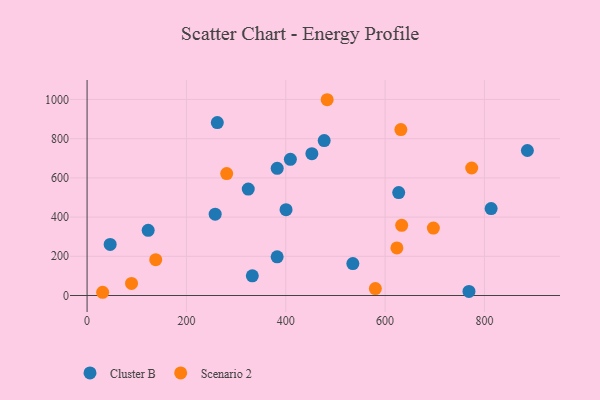
{"axis": {"x": "Engine Size", "y": "Sales"}, "legend": ["Cluster B", "Scenario 2"], "data": [{"x": "409.3", "y": 694.4, "type": "Cluster B"}, {"x": "886.5", "y": 739.5, "type": "Cluster B"}, {"x": "400.6", "y": 437.7, "type": "Cluster B"}, {"x": "477.4", "y": 790.0, "type": "Cluster B"}, {"x": "768.9", "y": 21.0, "type": "Cluster B"}, {"x": "332.7", "y": 100.6, "type": "Cluster B"}, {"x": "123.0", "y": 332.4, "type": "Cluster B"}, {"x": "324.5", "y": 542.6, "type": "Cluster B"}, {"x": "262.2", "y": 882.1, "type": "Cluster B"}, {"x": "627.4", "y": 525.1, "type": "Cluster B"}, {"x": "382.8", "y": 648.4, "type": "Cluster B"}, {"x": "46.5", "y": 260.6, "type": "Cluster B"}, {"x": "452.6", "y": 723.2, "type": "Cluster B"}, {"x": "257.9", "y": 414.9, "type": "Cluster B"}, {"x": "813.5", "y": 443.4, "type": "Cluster B"}, {"x": "382.7", "y": 197.2, "type": "Cluster B"}, {"x": "535.1", "y": 162.7, "type": "Cluster B"}, {"x": "281.1", "y": 621.8, "type": "Scenario 2"}, {"x": "89.5", "y": 61.7, "type": "Scenario 2"}, {"x": "623.8", "y": 242.8, "type": "Scenario 2"}, {"x": "631.8", "y": 846.4, "type": "Scenario 2"}, {"x": "138.2", "y": 182.8, "type": "Scenario 2"}, {"x": "580.4", "y": 35.6, "type": "Scenario 2"}, {"x": "31.3", "y": 16.5, "type": "Scenario 2"}, {"x": "483.4", "y": 998.5, "type": "Scenario 2"}, {"x": "697.2", "y": 344.1, "type": "Scenario 2"}, {"x": "774.4", "y": 650.3, "type": "Scenario 2"}, {"x": "633.4", "y": 357.9, "type": "Scenario 2"}]}